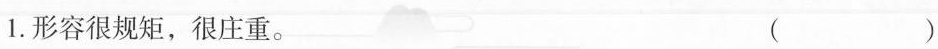
1.形容很规矩，很庄重。（ ）